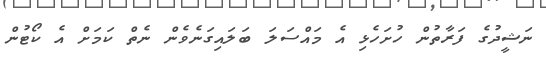
ނަޝީދުގެ ފަރާތުން ހުށަހެޅި އެ މައްސަލަ ބަލައިގަނެވެން ނެތް ކަމަށް އެ ކޯޓުން